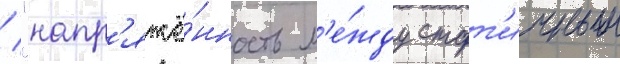
/ "напр'яжё́нность м'е́жду стат'ичным